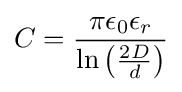
C={\frac {\pi \epsilon _{0}\epsilon _{r}}{\ln {\left({\frac {2D}{d}}\right)}}}